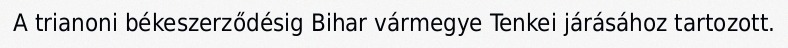
A trianoni békeszerződésig Bihar vármegye Tenkei járásához tartozott.